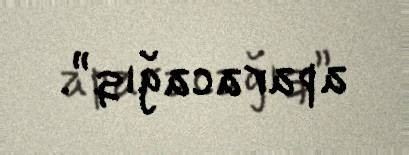
aparacağıq”.